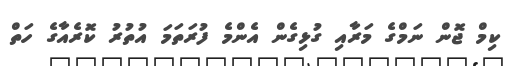
ކިމް ޖޮން ނަމްގެ މަރާއި ގުޅިގެން އެންމެ ފުރަތަމަ އުތުރު ކޮރެއާގެ ހަތް